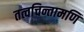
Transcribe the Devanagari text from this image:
तत्वचिन्तामणि